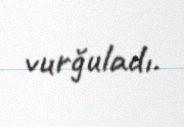
vurğuladı.